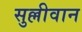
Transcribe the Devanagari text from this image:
सुल्लीवान